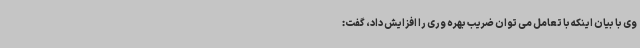
وی با بیان اینکه با تعامل می توان ضریب بهره وری را افزایش داد، گفت: